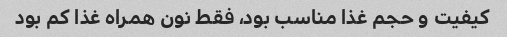
کیفیت و حجم غذا مناسب بود، فقط نون همراه غذا کم بود